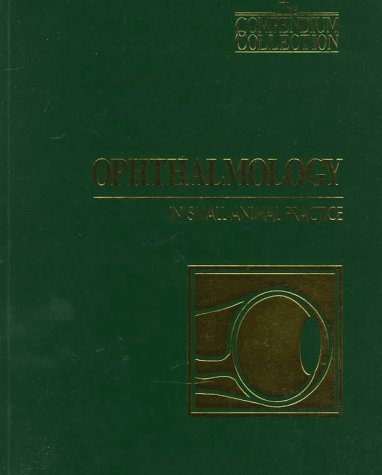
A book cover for Ophthalmology in Small Animal Practice (Compendium Collection); Compendium Collection; Medical Books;